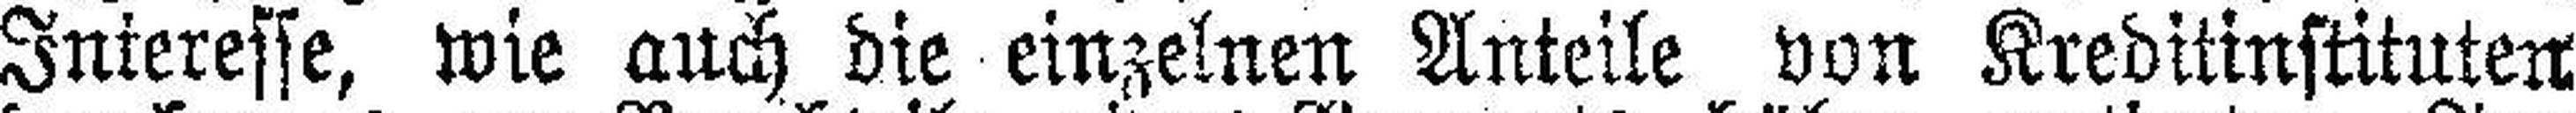
Interesse, wie auch die einzelnen Anteile von Kreditinstituten